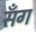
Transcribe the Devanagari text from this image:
सँग